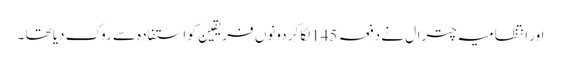
اور انتظامیہ چترال نے دفعہ 145لگا کر دونوں فریقین کو استفادہ سے روک دیا تھا ۔